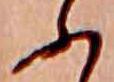
ふ